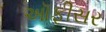
ઑફીસર